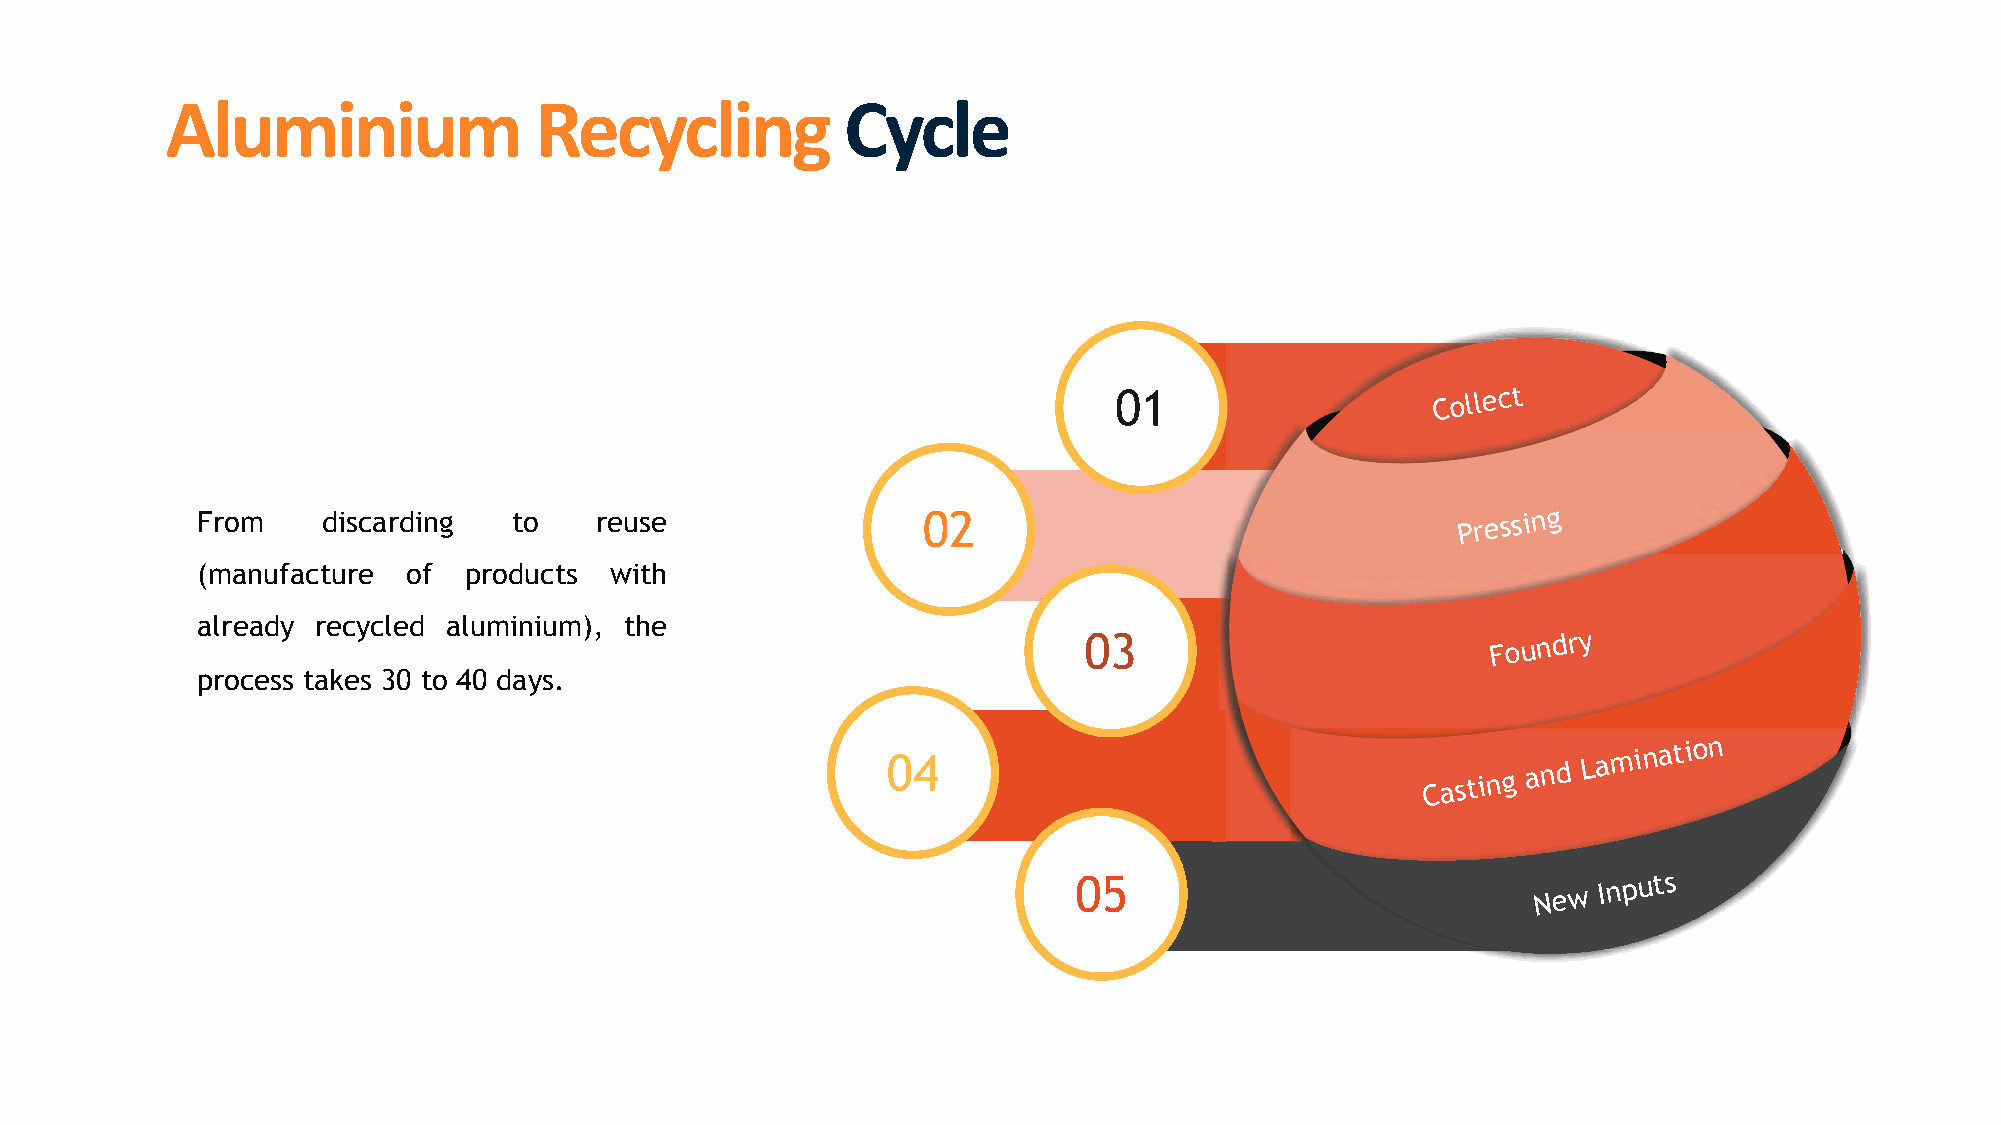
!"#$%&%#$'()*+*"%&,'-+*")
 01                   Collect
 From    discarding   to   reuse                 02                                  Pressing
 (manufacture  of  products with
 already recycled aluminium), the
 03                         Foundry
 process takes 30 to 40 days.
 04
 Casting
 and
 Lamination
 05
 New
 Inputs